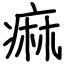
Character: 痲